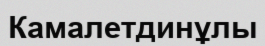
Камалетдинұлы